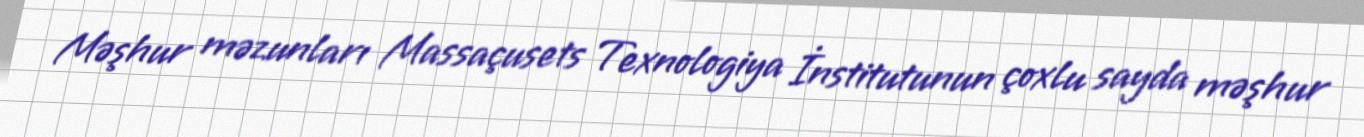
Məşhur məzunları Massaçusets Texnologiya İnstitutunun çoxlu sayda məşhur